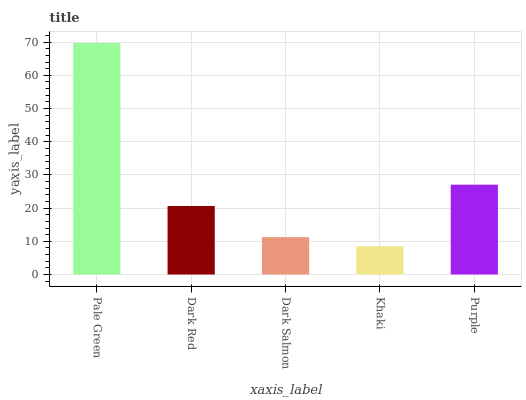
| xaxis_label | bars |
 | --- | --- |
 | Pale Green | 69.7 |
 | Dark Red | 20.6 |
 | Dark Salmon | 11.3 |
 | Khaki | 8.52 |
 | Purple | 27.1 |